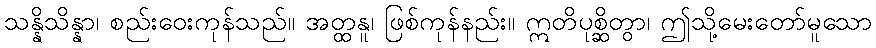
သန္နိသိန္နာ၊ စည်းဝေးကုန်သည်။ အတ္ထနူ၊ ဖြစ်ကုန်နည်း။ ဣတိပုစ္ဆိတွာ၊ ဤသို့မေးတော်မူသော